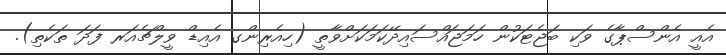
އެއީ އެންސްޕާގެ ވަކި ބަޖެޓަކުން ހަމަޖައްސައިދޭކަމަކަށްވާތީ (ހިއެރިންގ އެއިޑް ވީލްޗެއަރ ފަދަ ތަކެތި).